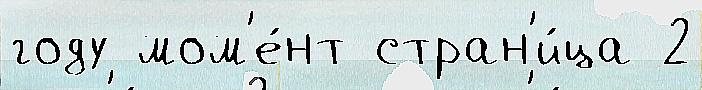
году мом'е́нт стран'и́ца 2